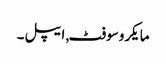
مایکروسوفٹ, ایپل۔